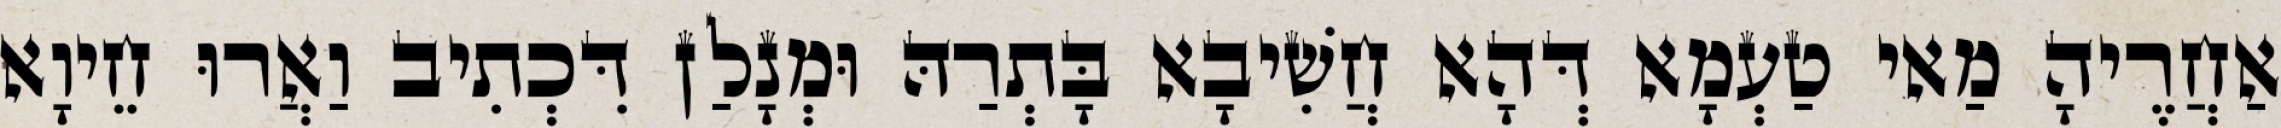
אַחֲרֶיהָ מַאי טַעְמָא דְּהָא חֲשִׁיבָא בָּתְרַהּ וּמְנָלַן דִּכְתִיב וַאֲרוּ חֵיוָא